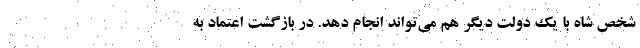
شخص شاه با یک دولت دیگر هم می‌تواند انجام دهد. در بازگشت اعتماد به